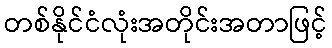
တစ်နိုင်ငံလုံးအတိုင်းအတာဖြင့်